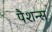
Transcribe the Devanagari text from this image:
पैशन्स